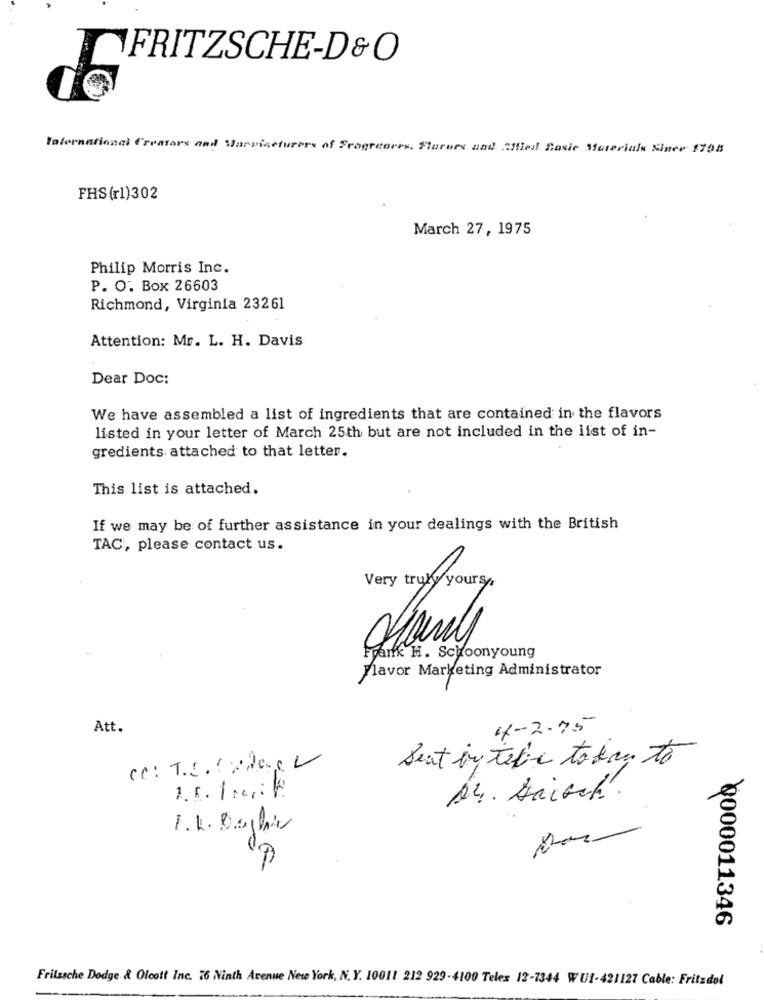
FRITZSCHE-D&O
International Creatore and Harviceturers of Seogrences. Flururs and Iffies Basic Materials Since 1798
FHS(r1)302
March 27, 1975
Philip Morris Inc.
P. O. Box 26603
Richmond, Virginia 23261
Attention: Mr. L. H. Davis
Dear Doc:
We have assembled a list of ingredients that are contained in the flavors
listed in your letter of March 25th but are not included in the list of in-
gredients attached to that letter.
This list is attached.
If we may be of further assistance in your dealings with the British
TAC, please contact us.
Very truly yours
Frank H. Schoonyoung
Flavor Marketing Administrator
Att.
4-2.75
cc: T.C. ( 20. .
Sent by tebe to day to
1.5. 1.
14. Daisch".
F.K. Degliv
. G
0000011346
Frilasche Dodge & Olcott Inc. 76 Ninth Avenue New York, N.Y. 10011 212 929-4100 Telex 12-7344 WU1-421127 Cable: Fritzdol